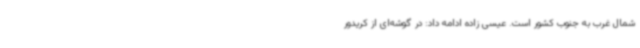
شمال غرب به جنوب کشور است. عیسی زاده ادامه داد: در گوشه‌ای از کریدور